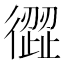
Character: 𢕬